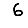
Digit: 6